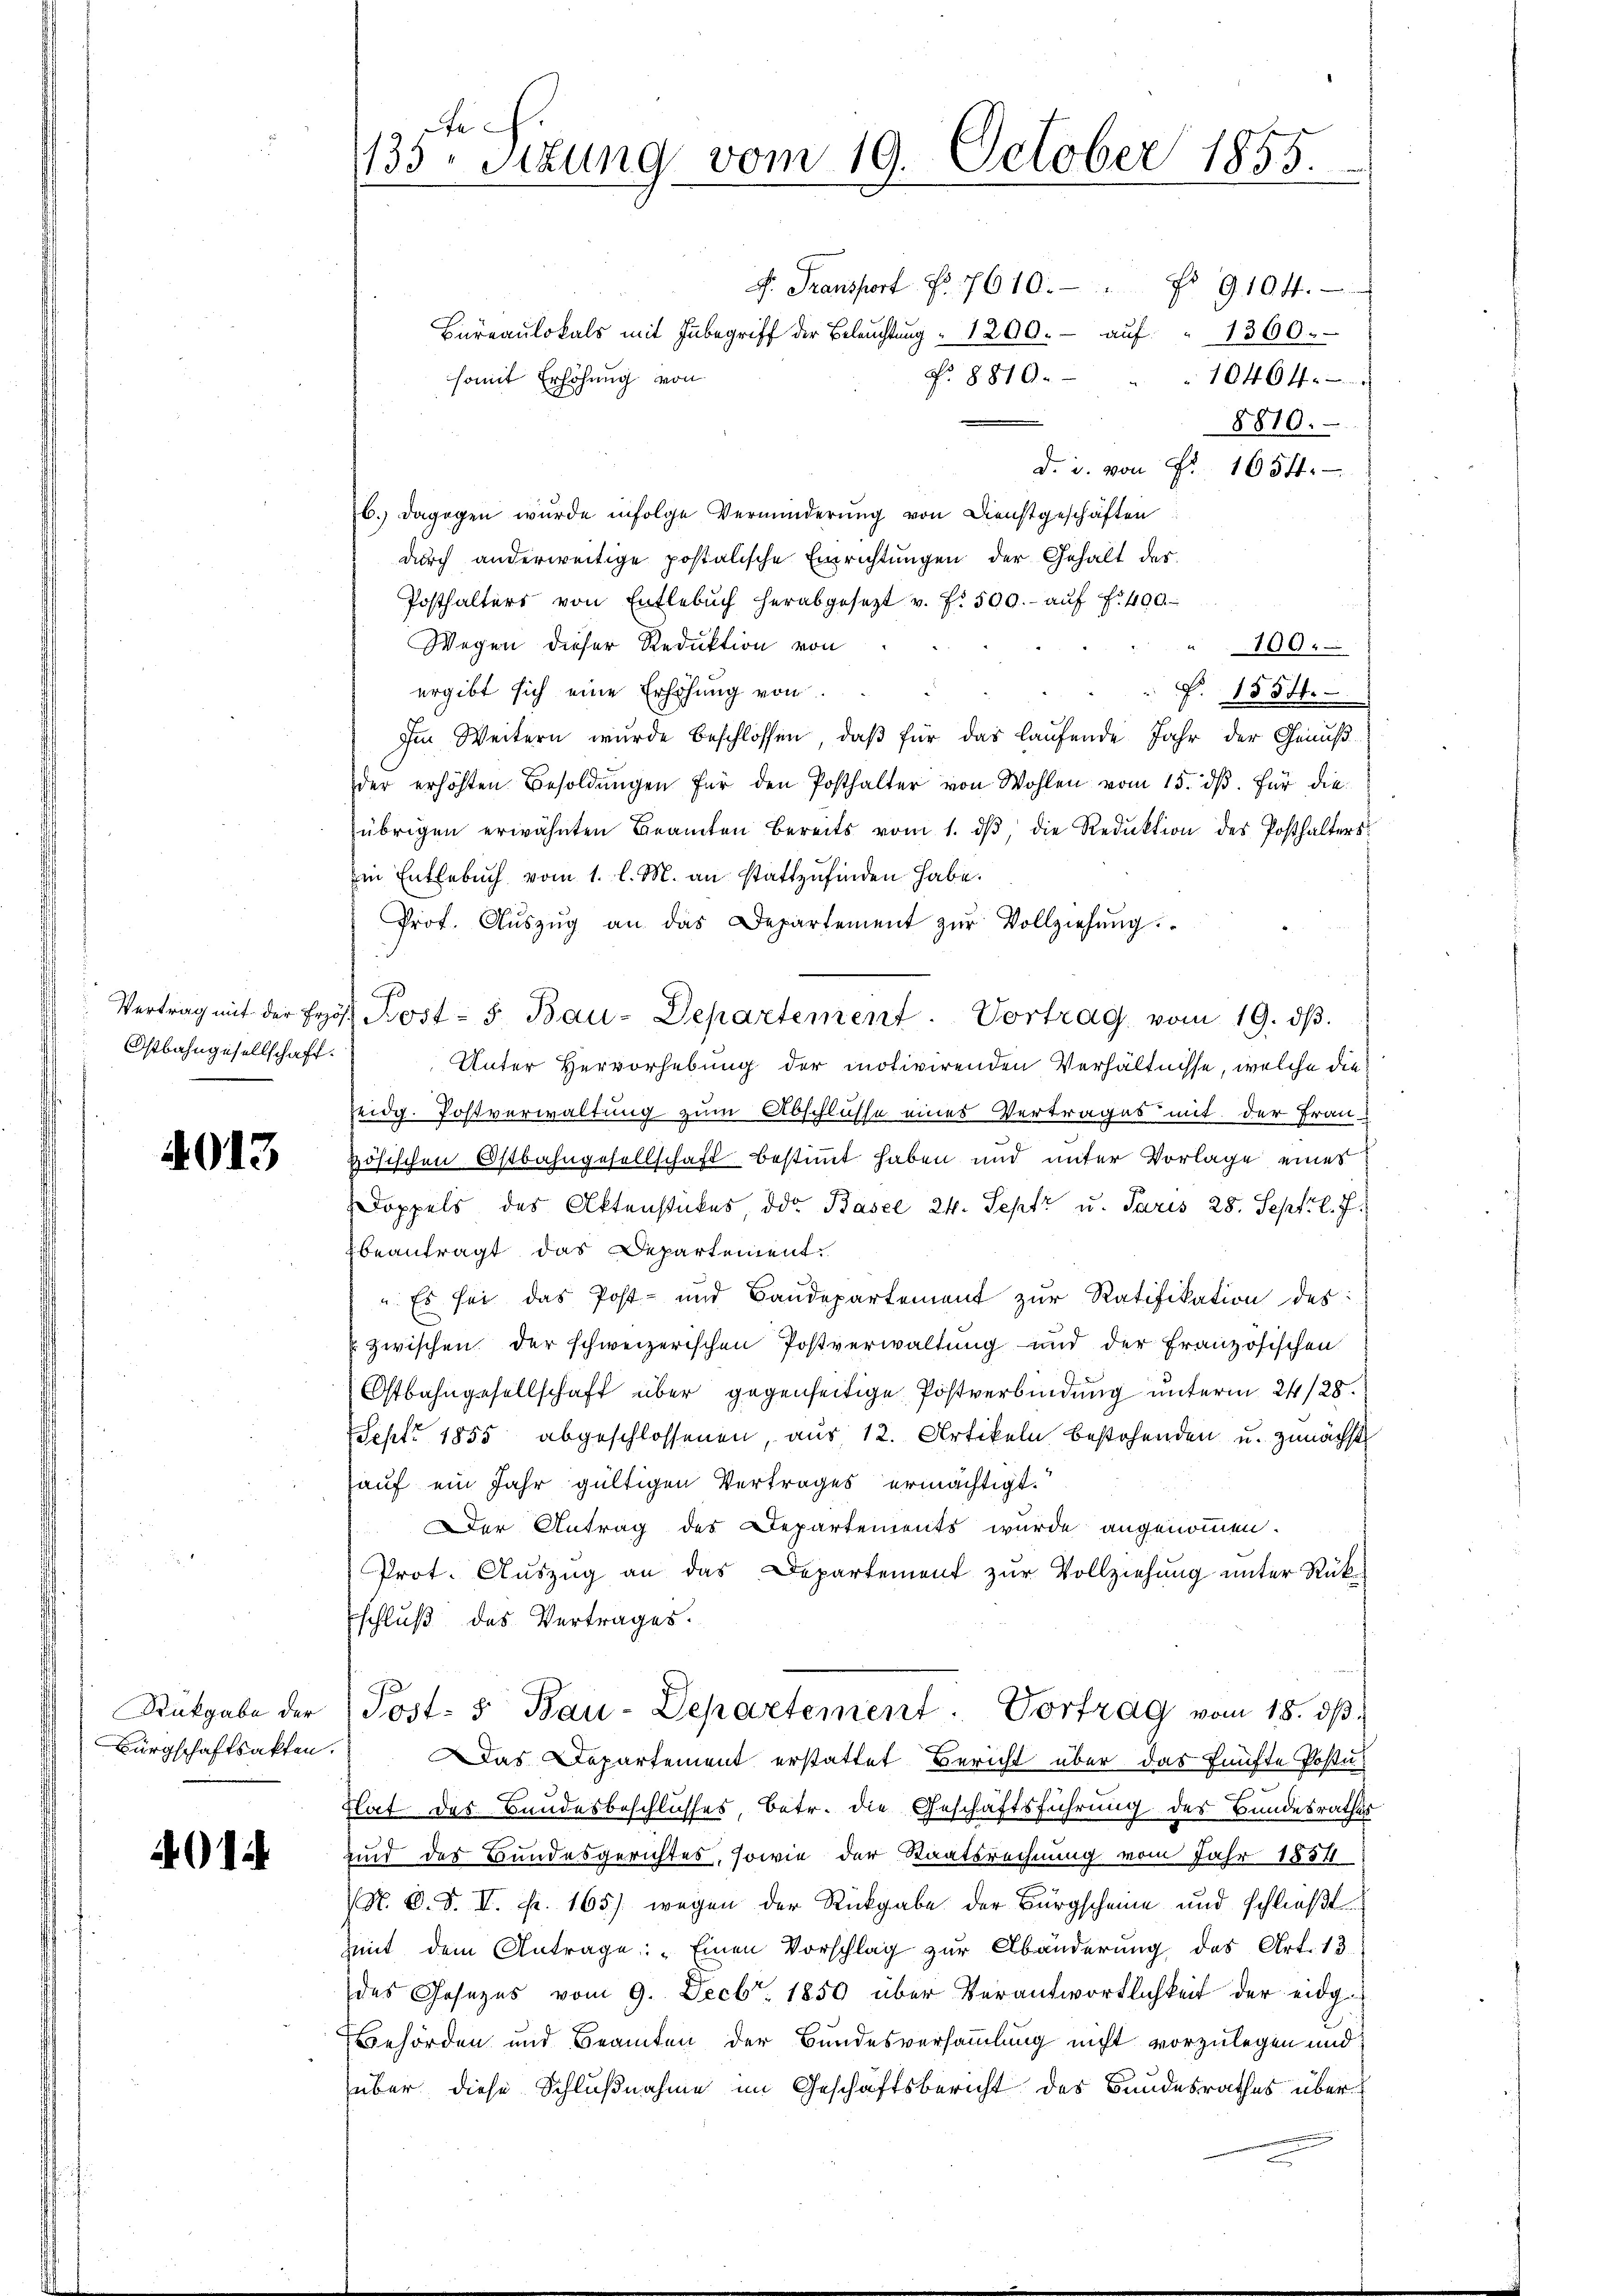
Ostbahngesellschaft.

4013

Rükgabe der
Bürgschaftsakten.

4012

e
133 Sttung vom 19. October 1855.

Büreaŭlokals mit Inbegriff der Beleŭchtŭng " 1200. aŭf " 1360.
N. 8810.
somit Erhöhung von
10464.
8810.
d. u. von Fr. 1654.
6.) Dagegen wurde infolge Verminderung von Dienstgeschäften:
durch anderweitige postalische Einrichtungen der Gehalt der
Posthalters von Entlebŭch herabgesezt v. fr. 500.- aŭf f. 400
Wegen dieser Reduktion von
100.
ergibt sich eine Erhöhung von
P. 1534.
Im Weitern wurde beschlossen, daß für das laufende Jahr der Genußder erhöhten Besoldŭngen für den Posthalter von Wohlen vom 15. dβ. Für die
übrigen erwähnten Beamten bereits vom 1. dβ, die Reduktion des Posthalters
Ein Entlebuch vom 1. l. M. an stattzufinden habe.
Prof. Aŭszŭg an das Departement zŭr Vollziehŭng.
E
Vertrag mit der Prof. Kost- 5. Bau-Departement. Vortrag vom 19. dβ.
Unter Hervorhebung der motivirenden Verhältnisse, welche die
eidg. Postverwaltung zum Abschlusse eines Vertrages mit der Frau
Hösischen Ostbahngesellschaft bestimmt haben und unter Vorlage eines
Doppels des Aktenstückes, oder Basel 24. Sept u. Paris 28. Sept. l. J.
beantragt das Departement.
 Es sei das Post- und Baudepartement zur Ratifikation des
zwischen der schweizerischen Postverwaltung und der Französischen
Ostbahngesellschaft über gegenseitige Postverbindung unterm 24/28.
Sept. 1855 abgeschlossenen, aus 12. Artikeln bestehenden u. zunächst
auf ein Jahr gültigen Vertrages ermächtigt.
Der Antrag des Departements wurde angenommen.
Prot. Aŭszŭg an das Departement zŭr Vollziehŭng ŭnter Rük¬
Eschluß des Vertrages.
Post- & Bau-Departement. Vortrag vom 18. ds.
Das Departement erstattet Bericht über das fünfte Postu-
Rat das Bundesbeschlusses, betr. die Geschäftsführung des Bundesrathes
sind des Bundesgerichtes, sowie der Staatsrechnung vom Jahr 1854
(N. O. S. II. Fr. 165) wegen der Rückgabe der Bürgscheine und schlieβt
Zeit dem Antrage: „Einen Vorschlag zur Abänderung des Art. 13.
des Gesezes vom 9. Decbr. 1850 über Verantwortlichkeit der eidg
Behörden und Beamten der Bundesversammlung nicht vorzulegen und
über diese Schlußnahme im Geschäftsbericht des Bundesrathes über¬

F. Transport No. 7610. " No 9104.